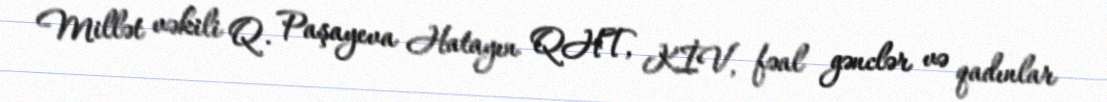
Millət vəkili Q. Paşayeva Hatayın QHT, KİV, fəal gənclər və qadınlar